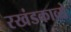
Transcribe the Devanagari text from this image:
रखंडकाव्ये